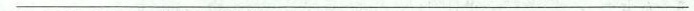
___